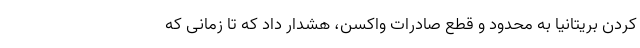
کردن بریتانیا به محدود و قطع صادرات واکسن، هشدار داد که تا زمانی که